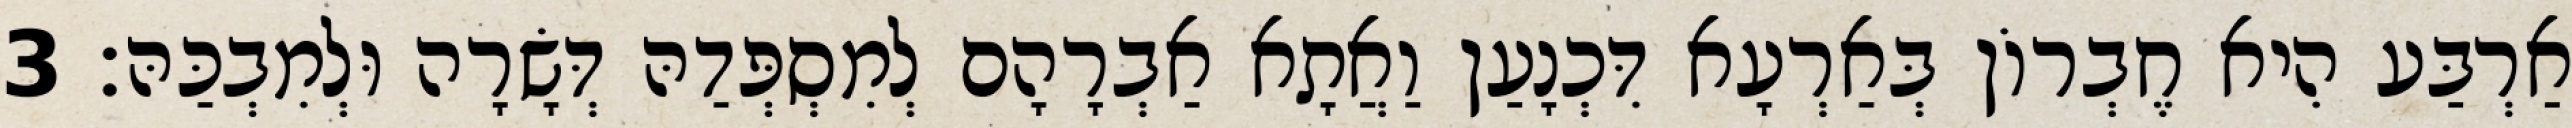
אַרְבַּע הִיא חֶבְרוֹן בְּאַרְעָא דִּכְנָעַן וַאֲתָא אַבְרָהָם לְמִסְפְּדַהּ דְּשָׂרָה וּלְמִבְכַּהּ׃ 3